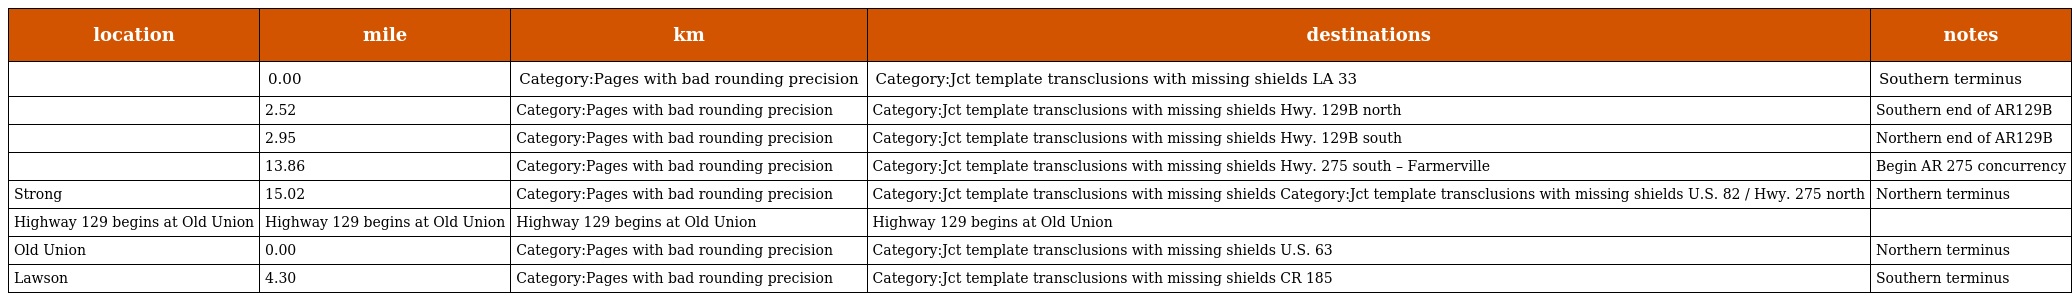
| location | mile | km | destinations | notes |
 | --- | --- | --- | --- | --- |
 |  | 0.00 | Category:Pages with bad rounding precision | Category:Jct template transclusions with missing shields LA 33 | Southern terminus |
 |  | 2.52 | Category:Pages with bad rounding precision | Category:Jct template transclusions with missing shields Hwy. 129B north | Southern end of AR129B |
 |  | 2.95 | Category:Pages with bad rounding precision | Category:Jct template transclusions with missing shields Hwy. 129B south | Northern end of AR129B |
 |  | 13.86 | Category:Pages with bad rounding precision | Category:Jct template transclusions with missing shields Hwy. 275 south – Farmerville | Begin AR 275 concurrency |
 | Strong | 15.02 | Category:Pages with bad rounding precision | Category:Jct template transclusions with missing shields Category:Jct template transclusions with missing shields U.S. 82 / Hwy. 275 north | Northern terminus |
 | Highway 129 begins at Old Union | Highway 129 begins at Old Union | Highway 129 begins at Old Union | Highway 129 begins at Old Union |  |
 | Old Union | 0.00 | Category:Pages with bad rounding precision | Category:Jct template transclusions with missing shields U.S. 63 | Northern terminus |
 | Lawson | 4.30 | Category:Pages with bad rounding precision | Category:Jct template transclusions with missing shields CR 185 | Southern terminus |